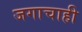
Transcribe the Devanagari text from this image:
जगाचाही